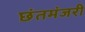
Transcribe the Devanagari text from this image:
छंतमंजरी